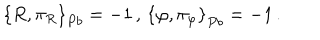
\left\{ R , \pi _ { R } \right\} _ { P b } = - 1 \, , \, \left\{ \varphi , \pi _ { \varphi } \right\} _ { P b } = - 1 \, .